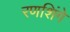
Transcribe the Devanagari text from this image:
रणशिंगे